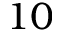
1 0